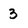
Character: 3